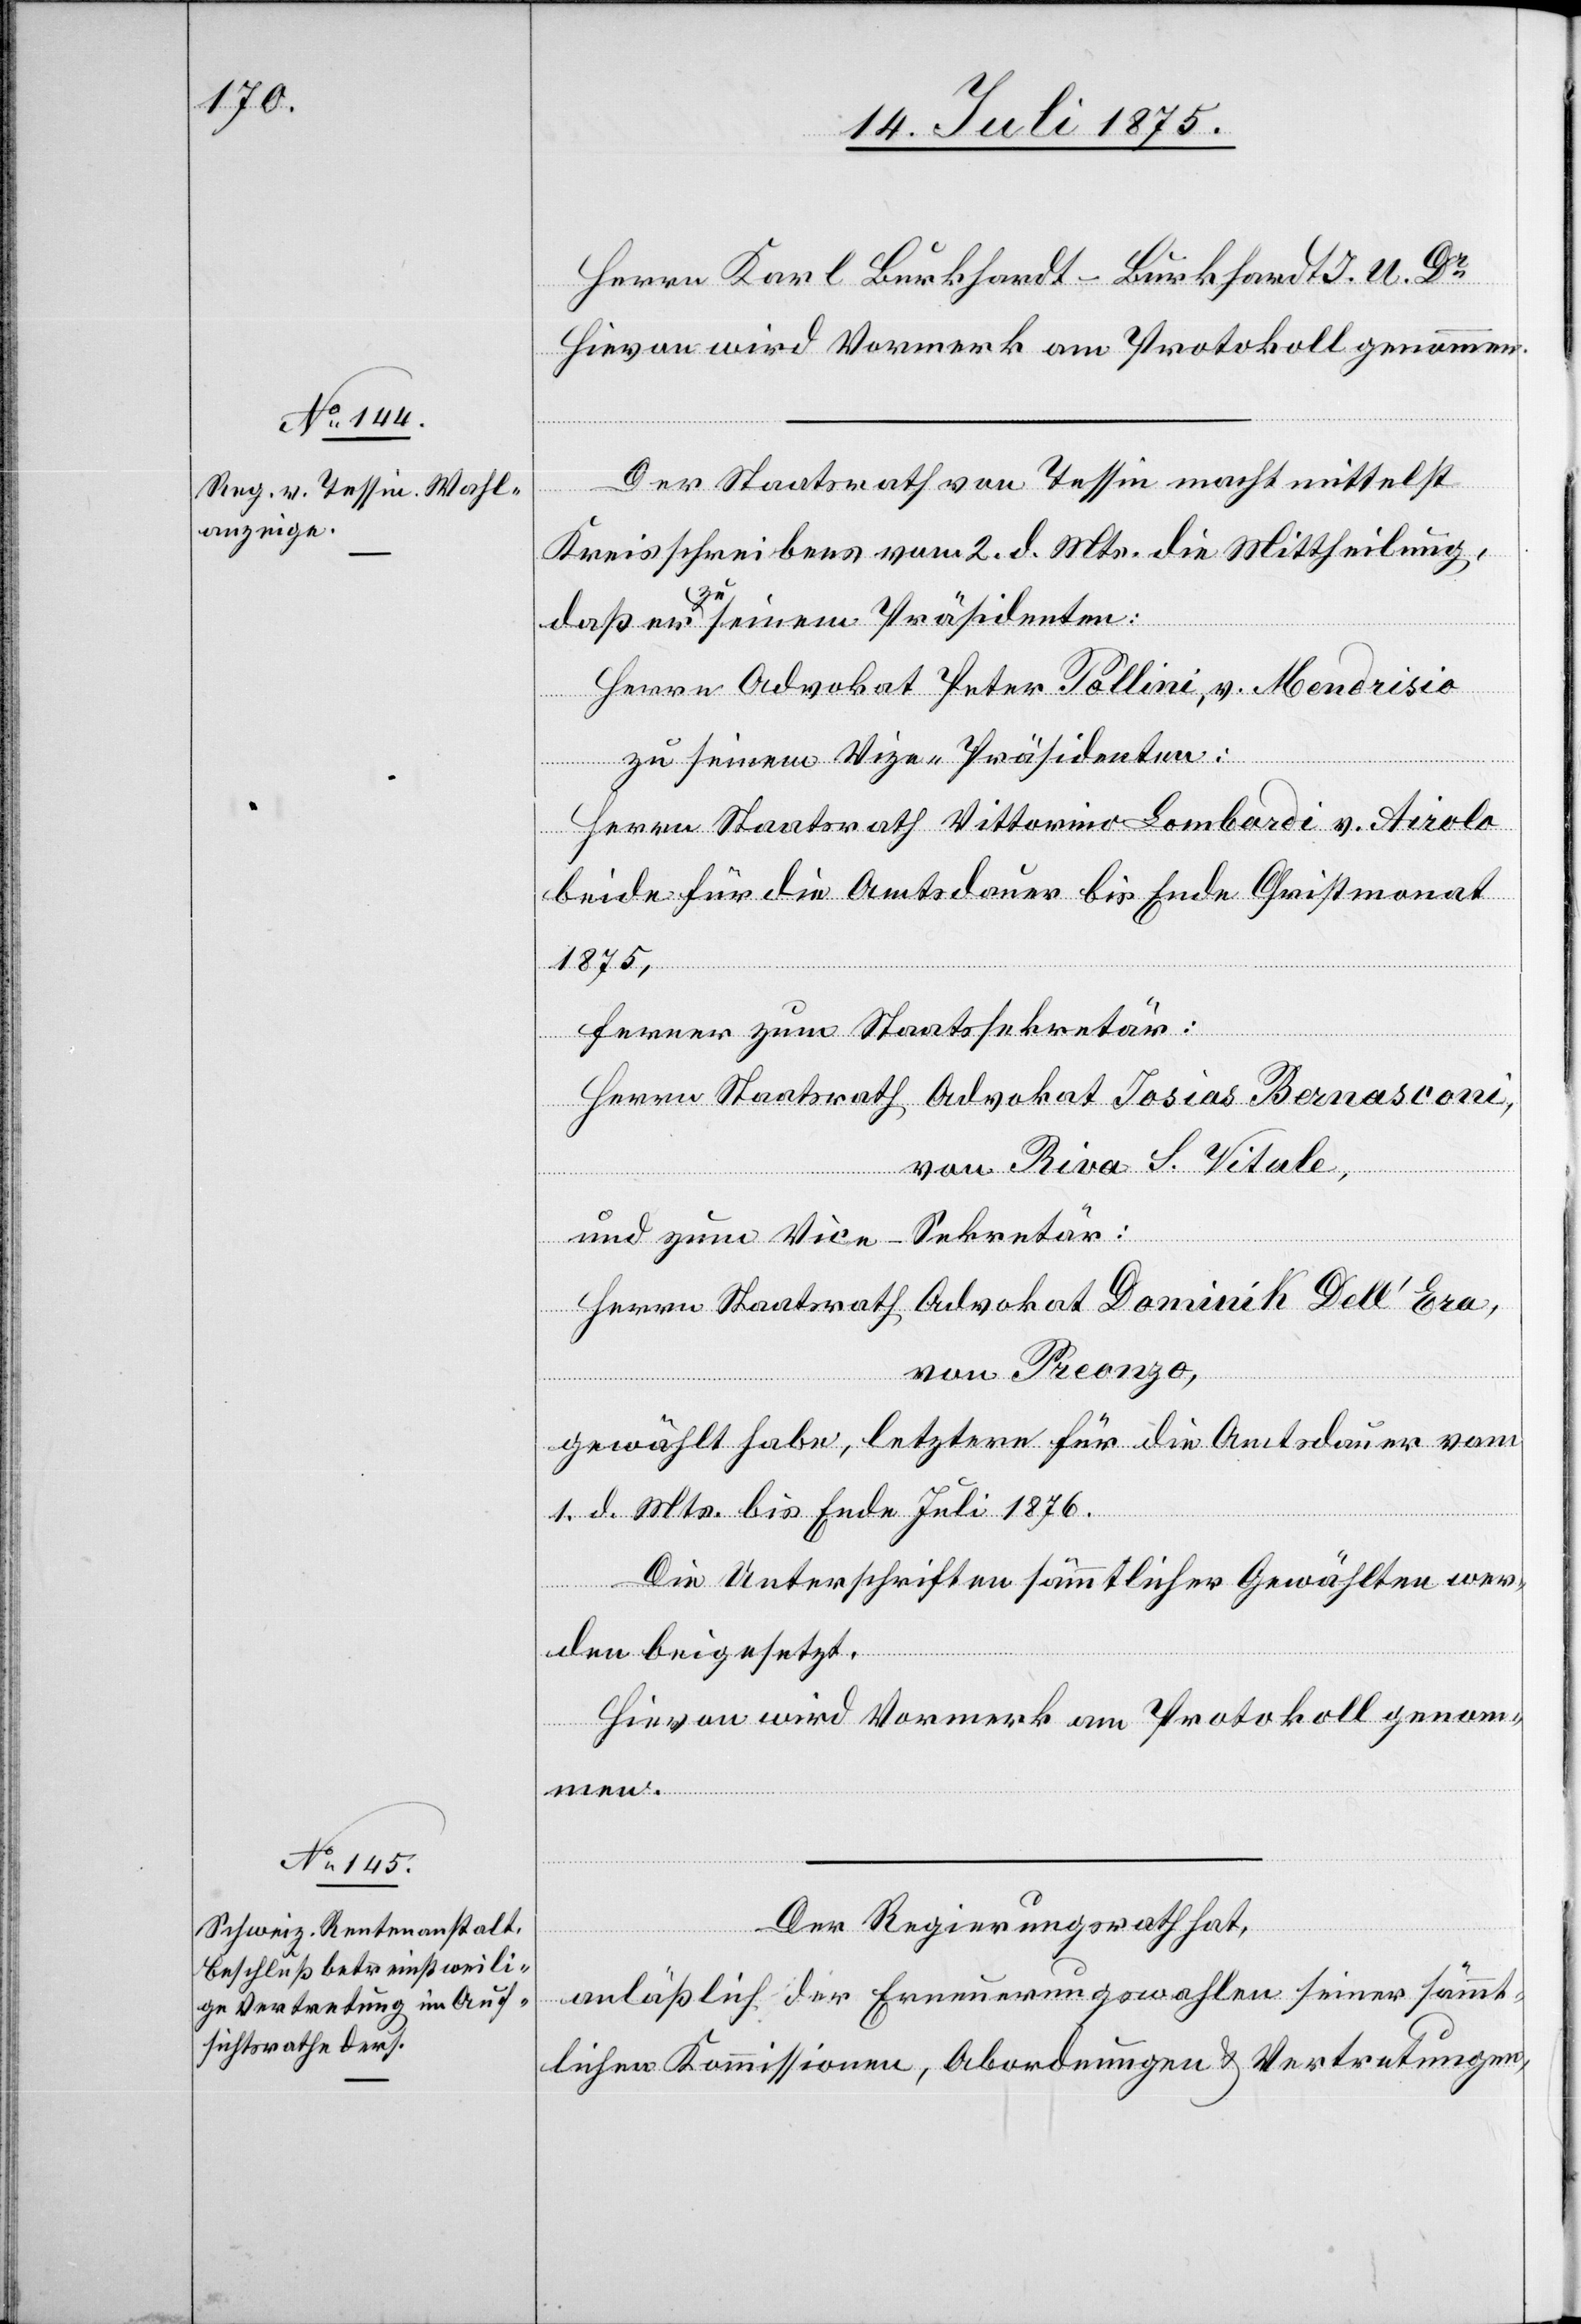
Herrn Karl Burkhardt-Burkhardt I. U. Dr
Hievon wird Vormerk am Protokoll genommen.
Der Staatsrath von Tessin macht mittelst
Kreisschreibens vom 2. d. Mts. die Mittheilung,
daß er zu seinem Präsidenten:
Herrn Advokat Peter Pollini, v. Mendrisio
zu seinem Vize-Präsidenten:
Herrn Staatsrath Vittorino Lombardi v. Airolo
beide für die Amtsdauer bis Ende Christmonat
1875,
ferner zum Staatssekretär:
Herrn Staatsrath Advokat Iosias Bernasconi,
von Riva S. Vitale,
und zum Vice-Sekretär:
Herrn Staatsrath Advokat Dominik Dell’Era,
von Preonzo,
gewählt habe, letztere für die Amtsdauer vom
1. d. Mts. bis Ende Juli 1876.
Die Unterschriften sämmtlicher Gewählten wer¬
den beigesetzt.
Der Regierungsrath hat,
anläßlich der Erneuerungswahlen seiner sämmt¬
lichen Kommissionen, Abordnungen & Vertretungen,